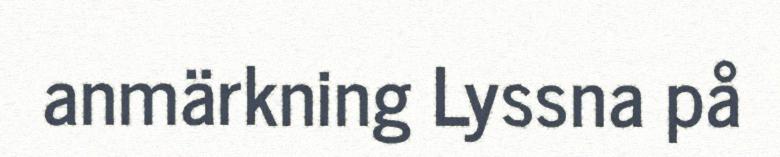
anmärkning Lyssna på